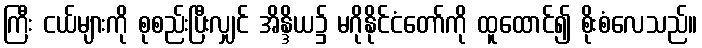
ကြီး ငယ်များကို စုစည်းပြီးလျှင် အိန္ဒိယ၌ မဂိုနိုင်ငံတော်ကို ထူထောင်၍ စိုးစံလေသည်။